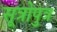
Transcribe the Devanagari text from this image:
सूत्रोपुत्र